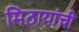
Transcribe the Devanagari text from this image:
मिठायांची